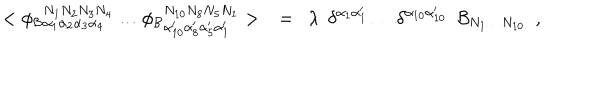
LaTeX: < \phi _ { \mathcal { B } } { } _ { \alpha _ { 1 } \alpha _ { 2 } \alpha _ { 3 } \alpha _ { 4 } } ^ { N _ { 1 } N _ { 2 } N _ { 3 } N _ { 4 } } \ldots \phi _ { \mathcal { B } } { } _ { \alpha _ { 1 0 } ^ { \prime } \alpha _ { 8 } ^ { \prime } \alpha _ { 5 } ^ { \prime } \alpha _ { 1 } ^ { \prime } } ^ { N _ { 1 0 } N _ { 8 } N _ { 5 } N _ { 1 } } > \ \ = \ \ \lambda \ \ \delta ^ { \alpha _ { 1 } \alpha _ { 1 } ^ { \prime } } \ldots \delta ^ { \alpha _ { 1 0 } \alpha _ { 1 0 } ^ { \prime } } \ \ { \mathcal { B } } _ { N _ { 1 } \ldots N _ { 1 0 } } ~ ~ ,